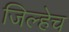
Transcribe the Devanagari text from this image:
जिल्हेच